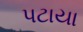
પટાયા